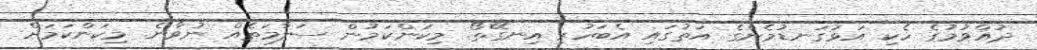
ދުއްވުމުގެ ހެކި އަޅުގަނޑުމެންގެ އަތުގައި އެބަހުރި އިނގޭތޯ. މިކަންކަމުން ސަލާމަތެއް ނުވާނެ. މިކަންކަމަށް